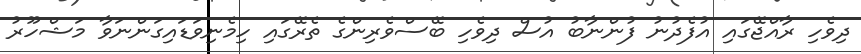
ދިވެހި ރާއްޖޭގައި އުފެދުނު ފުންނާބު އުސް ދިވެހި ބޭސްވެރިންގެ ތެރޭގައި ހިމެނިވަޑައިގަންނަވާ މަޝްހޫރު